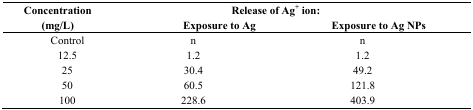
| <ROWSPAN=2> Concentration (mg/L) | <COLSPAN=2> Release of Ag+ ion: |
 | Exposure to Ag | Exposure to Ag NPs |
 | --- | --- | --- |
 | Control | n | n |
 | 12.5 | 1.2 | 1.2 |
 | 25 | 30.4 | 49.2 |
 | 50 | 60.5 | 121.8 |
 | 100 | 228.6 | 403.9 |